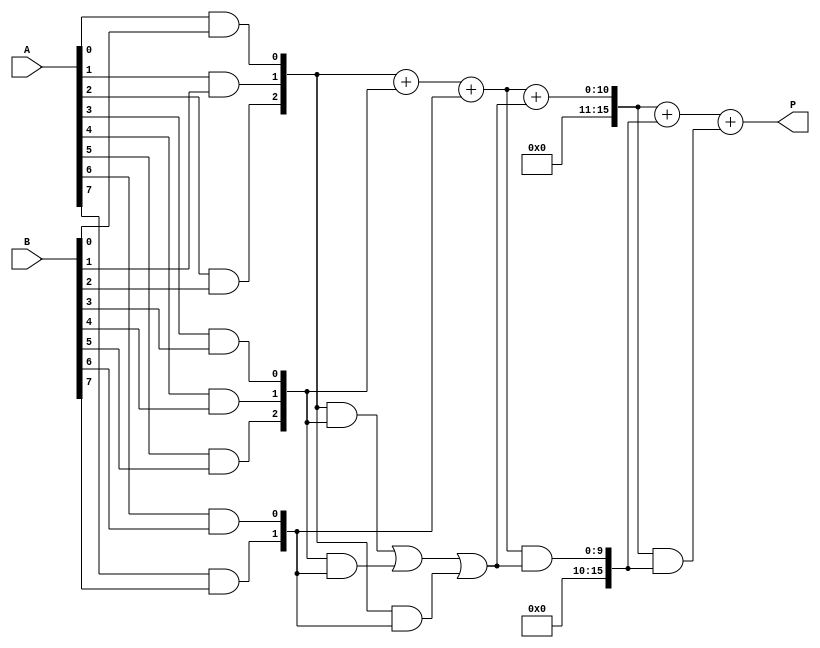
module WallaceTreeMultiplier (
    input [7:0] A,       // 8-bit input A
    input [7:0] B,       // 8-bit input B
    output reg [15:0] P  // 16-bit product
);

    // Partial Product Generation for Radix-8
    wire [7:0] pp[2:0]; // Partial products
    genvar i;
    generate
        for (i = 0; i < 8; i = i + 1) begin : pp_gen
            assign pp[i/3][i%3] = A[i] & B[i]; // Each bit contributes to 3 partial products
        end
    endgenerate

    // Intermediate sums
    wire [15:0] sum[2:0];
    wire [15:0] carry[2:0];

    // Wallace Tree Reduction Logic
    // Level 1: Grouping and summing partial products
    assign sum[0] = pp[0] + pp[1] + pp[2];
    assign carry[0] = (pp[0] & pp[1]) | (pp[1] & pp[2]) | (pp[0] & pp[2]);

    assign sum[1] = sum[0] + carry[0];
    assign carry[1] = (sum[0] & carry[0]);

    // Level 2: Final Addition
    wire [15:0] final_sum;
    wire [15:0] final_carry;

    assign final_sum = sum[1] + carry[1];
    assign final_carry = (sum[1] & carry[1]);

    // Final Product
    always @(*) begin
        P = final_sum + final_carry;
    end

endmodule